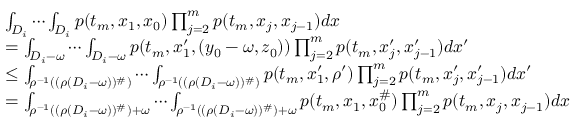
\begin{array} { r l } & { \int _ { D _ { i } } \cdots \int _ { D _ { i } } p ( t _ { m } , x _ { 1 } , x _ { 0 } ) \prod _ { j = 2 } ^ { m } p ( t _ { m } , x _ { j } , x _ { j - 1 } ) d x } \\ & { = \int _ { D _ { i } - \omega } \cdots \int _ { D _ { i } - \omega } p ( t _ { m } , x _ { 1 } ^ { \prime } , ( y _ { 0 } - \omega , z _ { 0 } ) ) \prod _ { j = 2 } ^ { m } p ( t _ { m } , x _ { j } ^ { \prime } , x _ { j - 1 } ^ { \prime } ) d x ^ { \prime } } \\ & { \le { \small \int _ { \rho ^ { - 1 } ( ( \rho ( D _ { i } - \omega ) ) ^ { \# } ) } \cdots \int _ { \rho ^ { - 1 } ( ( \rho ( D _ { i } - \omega ) ) ^ { \# } ) } p ( t _ { m } , x _ { 1 } ^ { \prime } , \rho ^ { \prime } ) \prod _ { j = 2 } ^ { m } p ( t _ { m } , x _ { j } ^ { \prime } , x _ { j - 1 } ^ { \prime } ) d x ^ { \prime } } } \\ & { = \int _ { \rho ^ { - 1 } ( ( \rho ( D _ { i } - \omega ) ) ^ { \# } ) + \omega } \cdots \int _ { \rho ^ { - 1 } ( ( \rho ( D _ { i } - \omega ) ) ^ { \# } ) + \omega } p ( t _ { m } , x _ { 1 } , x _ { 0 } ^ { \# } ) \prod _ { j = 2 } ^ { m } p ( t _ { m } , x _ { j } , x _ { j - 1 } ) d x } \end{array}